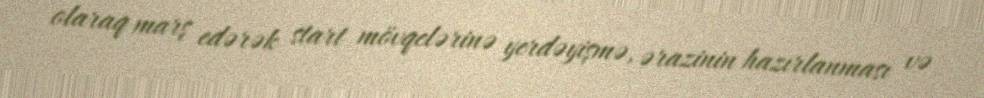
olaraq marş edərək start mövqelərinə yerdəyişmə, ərazinin hazırlanması və